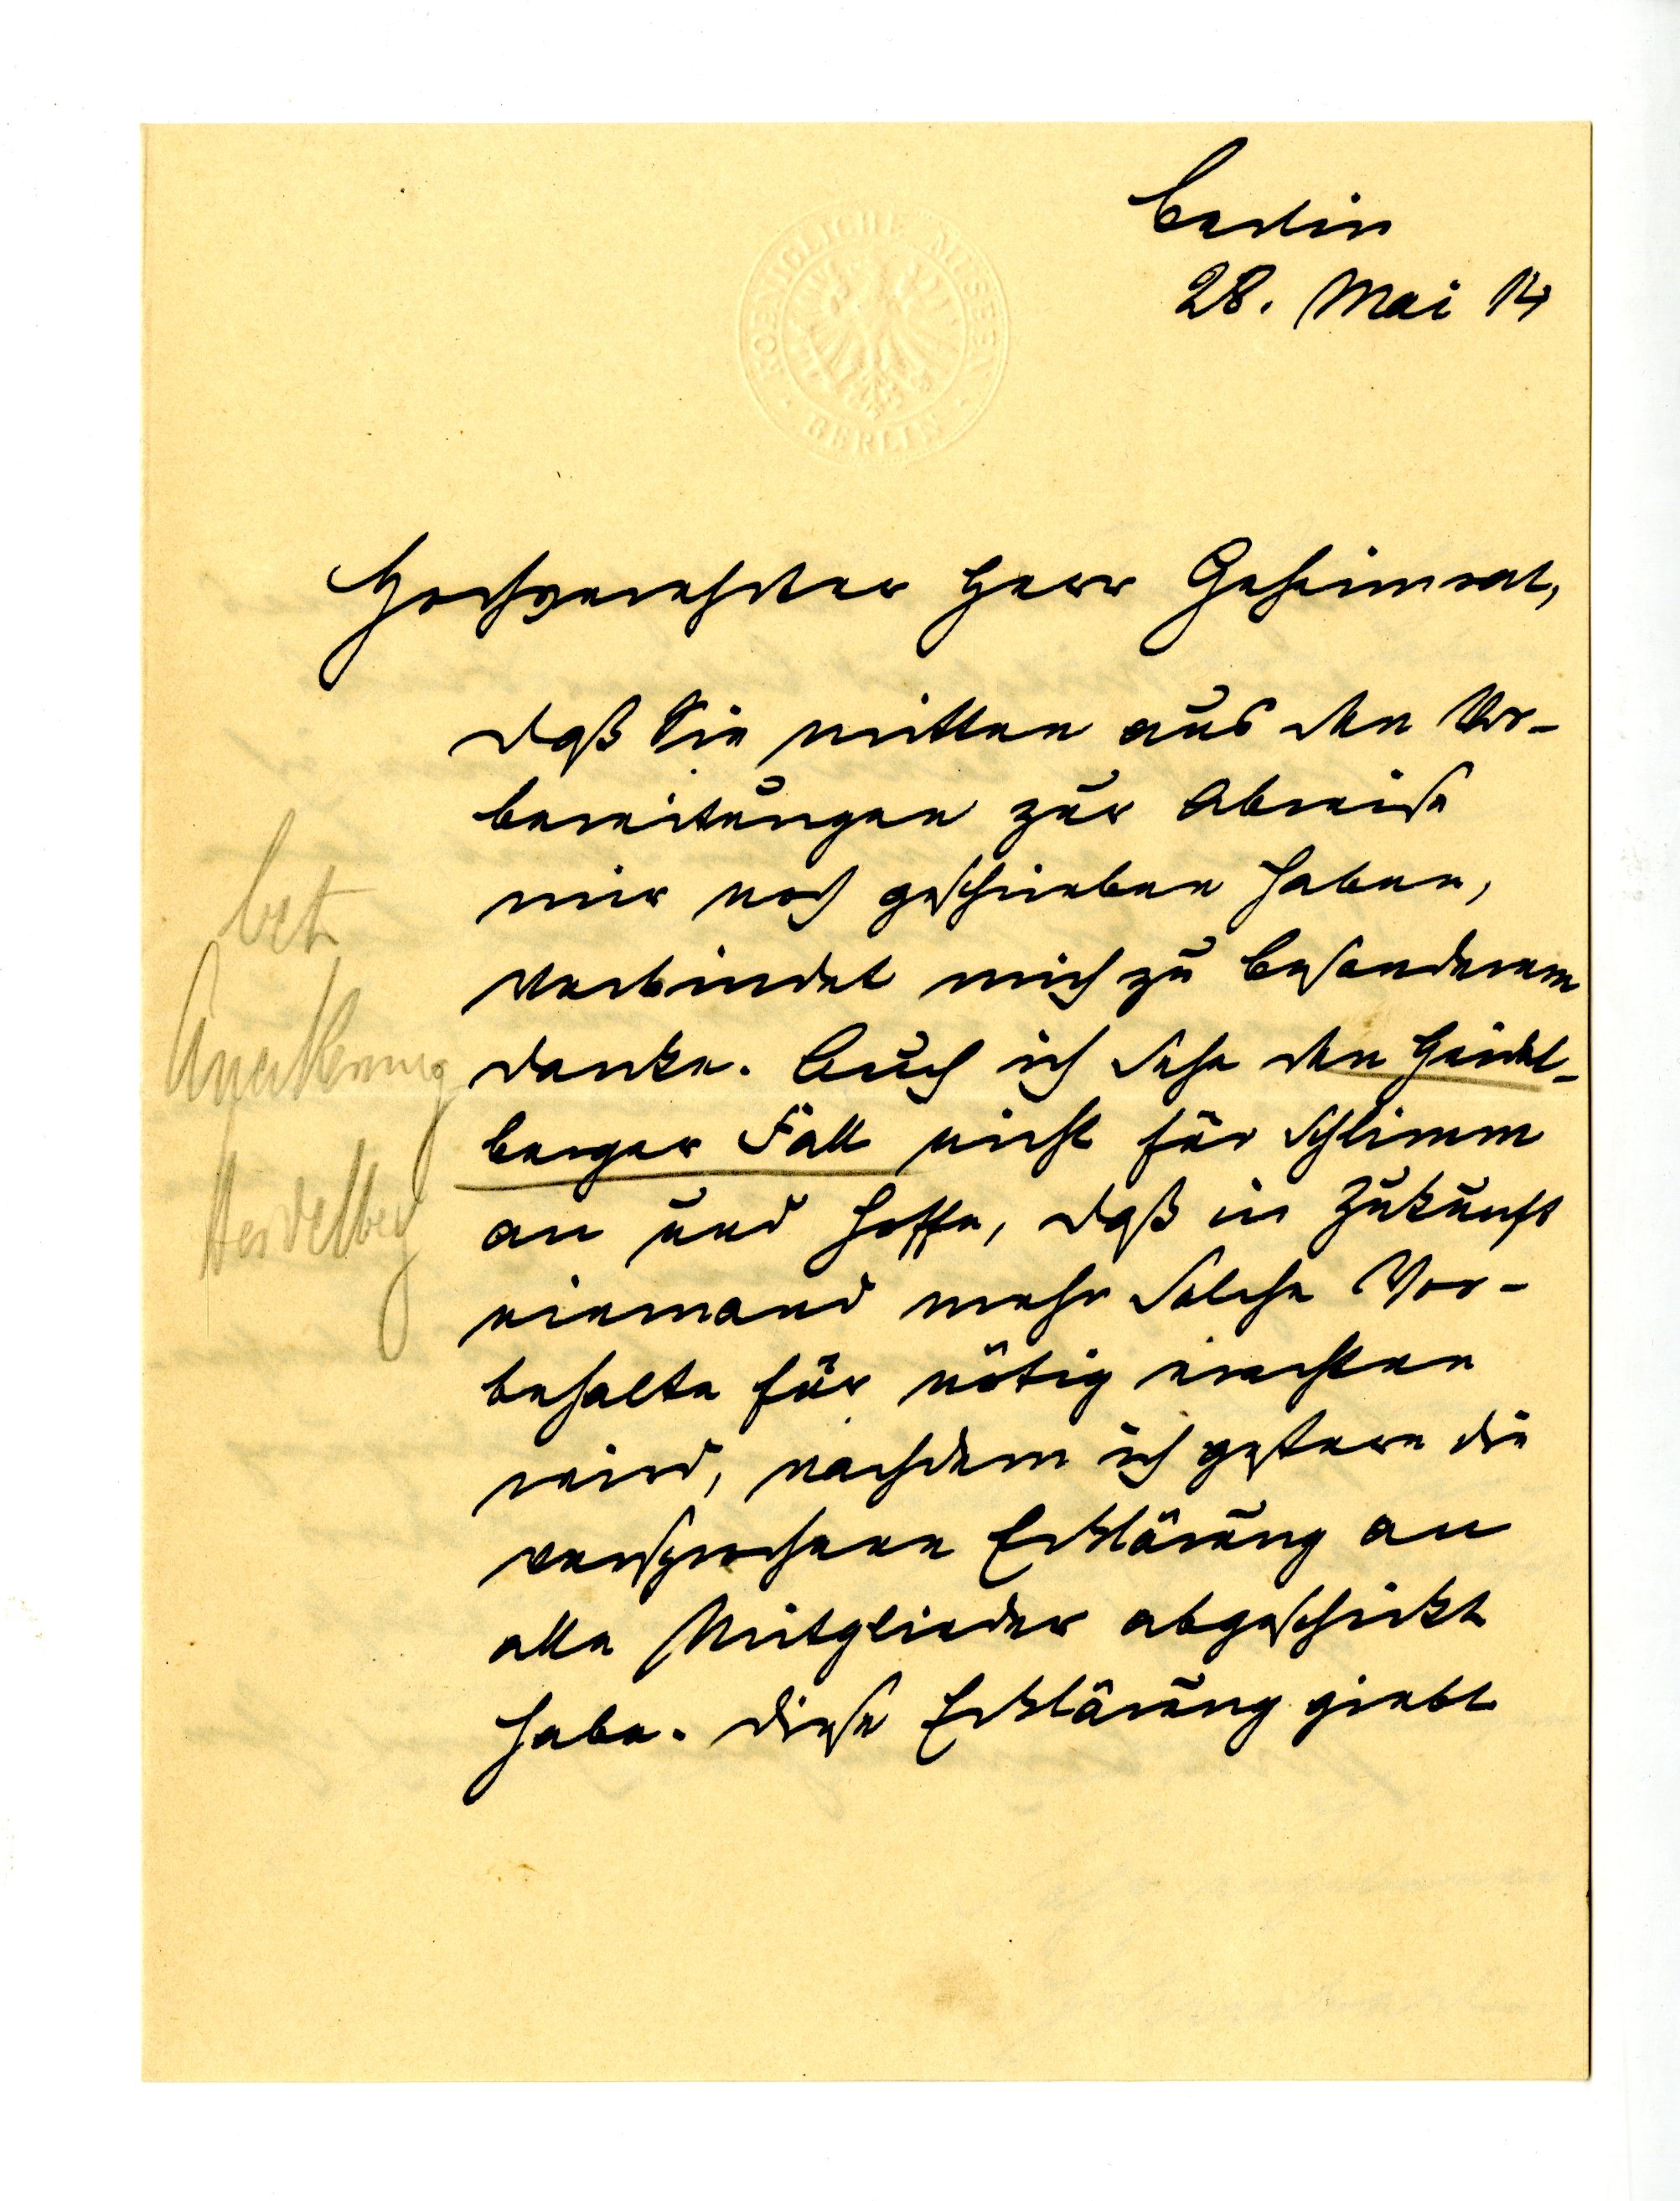
Berlin
28. Mai 14
Hochverehrter Herr Geheimrat,
daß Sie mitten aus den Vor¬
bereitungen zur Abreise
mir noch geschrieben haben,
verbindet mich zu besonderem
Dank. Auch ich sehe den Heidel¬
berger Fall nicht für schlimm
an und hoffe, daß in Zukunft
niemand mehr solche Vor¬
behalte für nötig erachten
wird, nachdem ich gestern die
versprochene Erklärung an
alle Mitglieder abgeschickt
habe. Diese Erklärung giebt